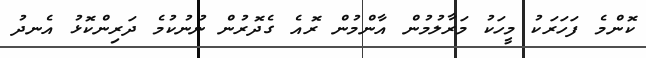
ކޮންމެ ފަހަރަކު މީހަކު މަރާލުމުން އާންމުން ރޮއެ ގެދޮރުން ނުނުކުމެ ދަރިންކޮޅު އެނދު